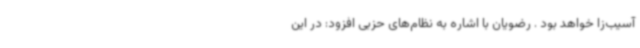
آسیب‌زا خواهد بود ‌. رضویان با اشاره به نظام‌های حزبی افزود: در این